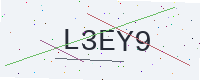
Text: L3EY9